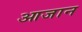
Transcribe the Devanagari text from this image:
आजान